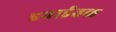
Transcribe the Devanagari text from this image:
हवाईतळ